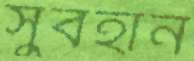
সুবহান